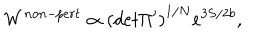
LaTeX: W ^ { n o n - p e r t } \propto { ( d e t \Pi ^ { \prime } ) } ^ { 1 / N } e ^ { 3 S / 2 b } ,